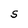
Character: S